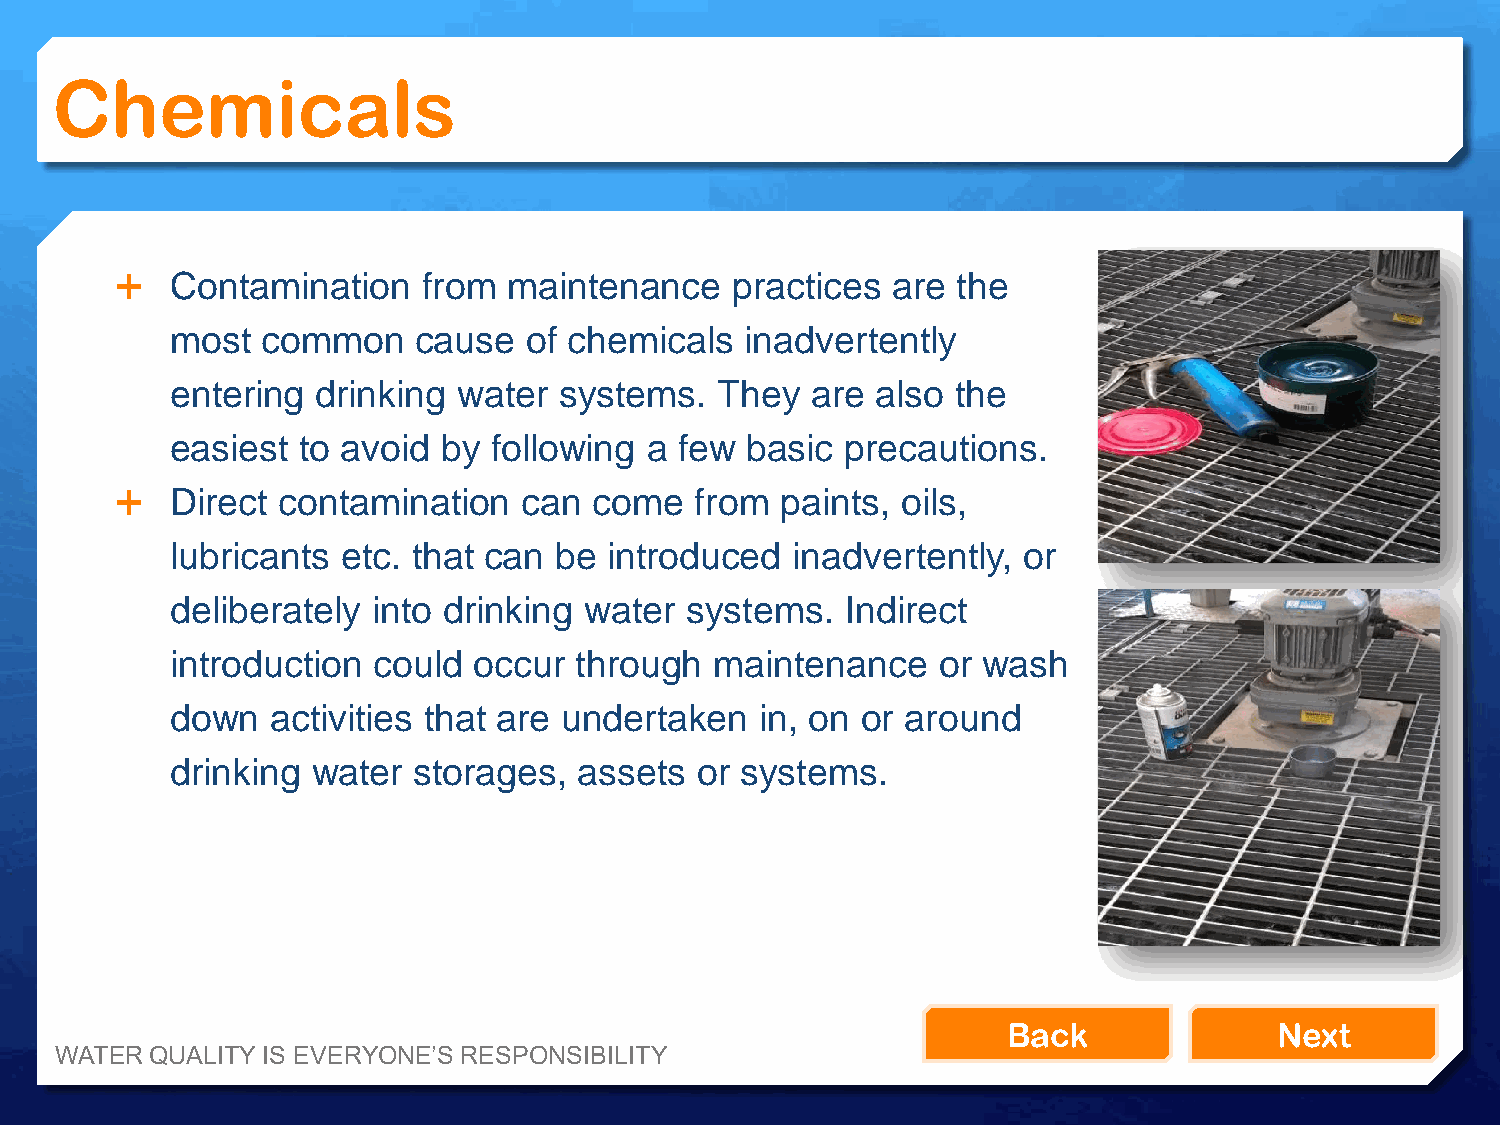
Chemicals
   Contamination    from  maintenance   practices  are the
 most  common     cause  of chemicals  inadvertently
 entering  drinking water  systems.  They   are also the
 easiest  to avoid by following  a few basic  precautions.
   Direct contamination    can come   from  paints, oils,
 lubricants  etc. that can be introduced  inadvertently,  or
 deliberately  into drinking water systems.   Indirect
 introduction  could occur  through  maintenance    or wash
 down   activities that are undertaken  in, on or around
 drinking  water storages,  assets  or systems.
 Back              Next
 WATER QUALITY IS EVERYONE’S RESPONSIBILITY